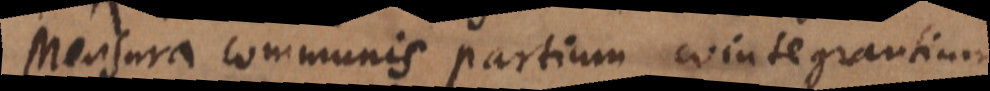
Mensura communis partium cointegrantium,